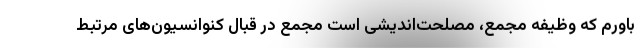
باورم که وظیفه مجمع، مصلحت‌اندیشی است مجمع در قبال کنوانسیون‌های مرتبط